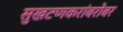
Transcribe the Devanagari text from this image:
सुखटणकरांबरोबर